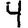
Digit: 4